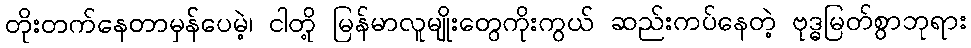
တိုးတက်နေတာမှန်ပေမဲ့၊ ငါတို့ မြန်မာလူမျိုးတွေကိုးကွယ် ဆည်းကပ်နေတဲ့ ဗုဒ္ဓမြတ်စွာဘုရား